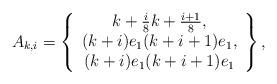
LaTeX: \begin{align*}A_{k,i} = \left\{\begin{array}{c} k+\frac{i}{8} k+\frac{i+1}{8}, \\ (k+i)e_{1} (k+i+1)e_{1}, \\ (k+i)e_{1} (k+i+1)e_{1} \end{array} \right\},\end{align*}